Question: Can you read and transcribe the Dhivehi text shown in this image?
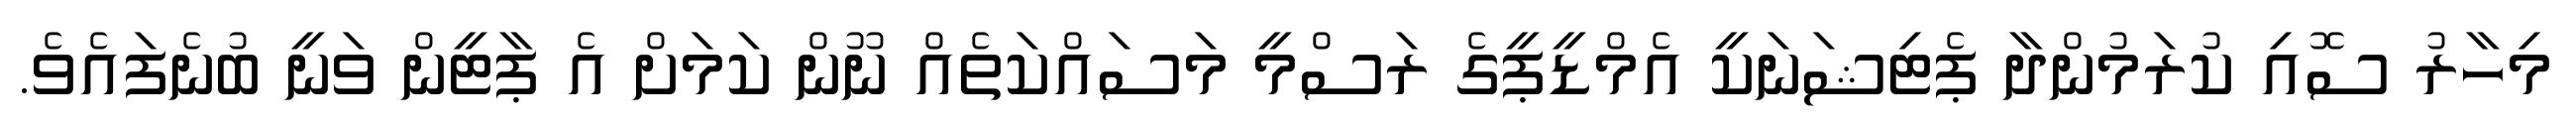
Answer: މިހާރު ސޮއި ކުރަމުންދާ ޕެޓިޝަނަކީ އެމްޑީޕީގެ ރަސްމީ މަސައްކަތެއް ނޫން ކަމަށް އެ ޕާޓީން ވަނީ ބުނެފައެވެ.